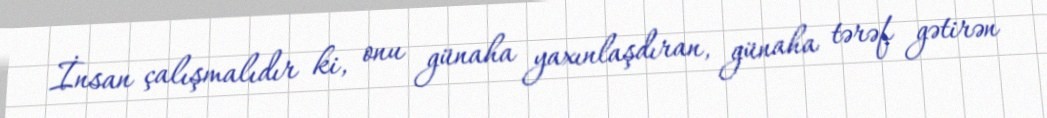
İnsan çalışmalıdır ki, onu günaha yaxınlaşdıran, günaha tərəf gətirən